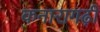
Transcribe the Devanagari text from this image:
कनारागढ़ी